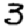
Digit: 3